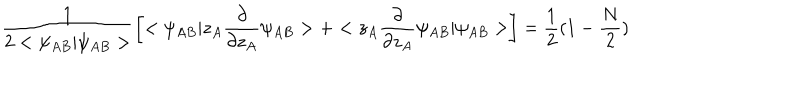
\frac { 1 } { 2 < \psi _ { A B } | \psi _ { A B } > } \left[ < \psi _ { A B } | z _ { A } \frac { \partial } { \partial z _ { A } } \psi _ { A B } > + < z _ { A } \frac { \partial } { \partial z _ { A } } \psi _ { A B } | \psi _ { A B } > \right] = \frac { 1 } { 2 } ( 1 - \frac { N } { 2 } )